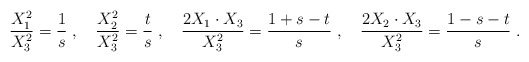
\begin{align*} {X^2_1\over X^2_3} ={1\over s}\;,\quad {X^2_2\over X^2_3} = {t\over s}\;, \quad {2X_1\cdot X_3\over X^2_3} ={1+s-t\over s}\;, \quad {2X_2\cdot X_3\over X^2_3} = {1-s-t\over s}\;.\end{align*}